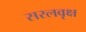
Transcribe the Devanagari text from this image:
सरलवृक्ष